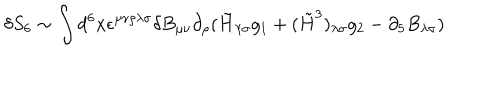
\delta S _ { 6 } \sim \int d ^ { 6 } x \epsilon ^ { \mu \nu \rho \lambda \sigma } \delta B _ { \mu \nu } \partial _ { \rho } ( \tilde { H } _ { \lambda \sigma } g _ { 1 } + ( \tilde { H } ^ { 3 } ) _ { \lambda \sigma } g _ { 2 } - \partial _ { 5 } B _ { \lambda \sigma } )